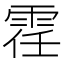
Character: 𫕤